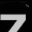
Digit: 7